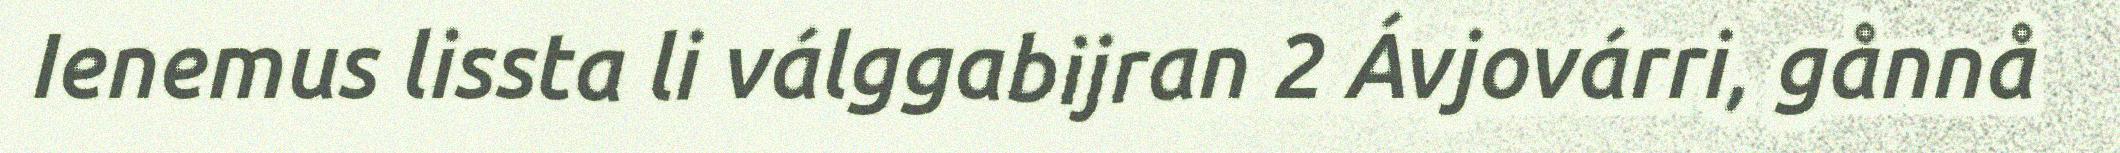
Ienemus lissta li válggabijran 2 Ávjovárri, gånnå